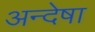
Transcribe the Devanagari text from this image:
अन्देषा